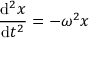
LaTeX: { \frac { \mathrm { d } ^ { 2 } x } { \mathrm { d } t ^ { 2 } } } = - \omega ^ { 2 } x